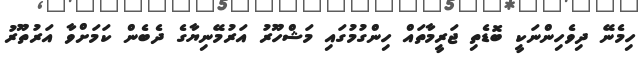
ހިމެނޭ ދިވެހިންނަކީ ބޮޑެތި ޖަރީމާތައް ހިންގުމުގައި މަޝްހޫރު އަރުމޭނިޔާގެ ދެބެން ކަމަށްވާ އަރުތޫރު